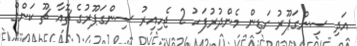
އަދި ސިންގަޕޫރު ގަޑިން މެންދުރުފަހު 2 ޖެހިއިރު ސިންގަޕޫރުގެ ޗޮއާ ޗޫ ކަންގް